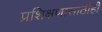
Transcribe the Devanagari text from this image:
प्रशिक्षणासाठीही